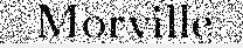
Morville